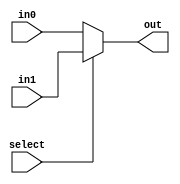
module mux1_2(select, in0, in1, out);
	input select;
	input in0, in1;
	output out;
	assign out = select ? in1: in0;
endmodule